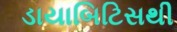
ડાયાબિટિસથી